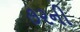
૭૨ની